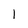
Character: l